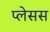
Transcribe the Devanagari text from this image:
प्लेसस